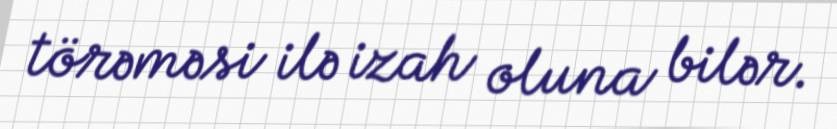
törəməsi ilə izah oluna bilər.